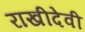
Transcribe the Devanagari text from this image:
राखीदेवी